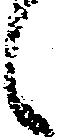
候